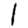
Digit: 1